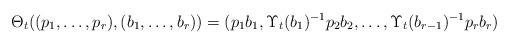
LaTeX: \begin{align*}\Theta_t((p_1,\dots,p_r), (b_1,\dots,b_r)) = (p_1b_1, \Upsilon_t(b_1)^{-1}p_2b_2, \dots,\Upsilon_t(b_{r-1})^{-1}p_rb_r)\end{align*}